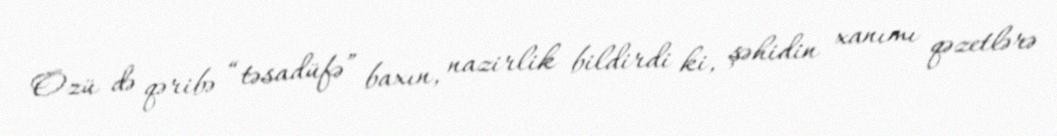
Özü də qəribə “təsadüfə” baxın, nazirlik bildirdi ki, şəhidin xanımı qəzetlərə